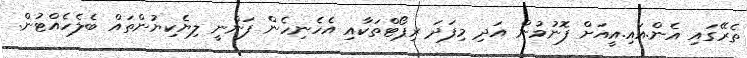
ތެރޭގައި އެން.އައި.އީއަށް ފޮނުވުން އަދި މިފަދަ ރިޕޯޓްތަކާއި އެހެނިހެން ފަންނީ ލިޔެކިޔުންތައް ބެލެހެއްޓުން.